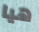
هيا